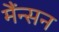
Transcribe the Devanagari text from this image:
मैंन्सन